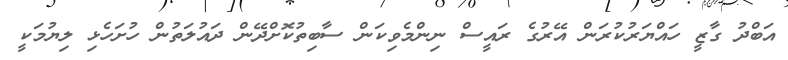
އަބްދު ގާޒީ ހައްޔަރުކުރަން އޭރުގެ ރައީސް ނިންމެވިކަން ސާބިތުކޮށްދޭން ދައުލަތުން ހުށަހެޅި ލިޔުމަކީ